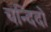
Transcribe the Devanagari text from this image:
चन्दिदो